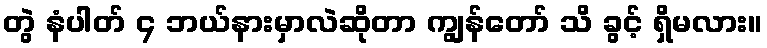
တွဲ နံပါတ် ၄ ဘယ်နားမှာလဲဆိုတာ ကျွန်တော် သိ ခွင့် ရှိမလား။